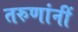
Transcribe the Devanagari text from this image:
तरुणांनीं